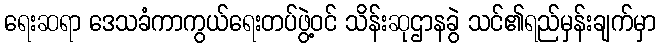
ရေးဆရာ ဒေသခံကာကွယ်ရေးတပ်ဖွဲ့ဝင် သိန်းဆုဌာနခွဲ သင်၏ရည်မှန်းချက်မှာ